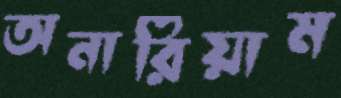
অনারিয়াম